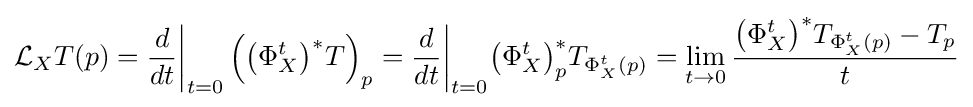
{\cal {L}}_{X}T(p)={\frac {d}{dt}}{\biggl |}_{t=0}\left({\bigl (}\Phi _{X}^{t}{\bigr )}^{*}T\right)_{p}={\frac {d}{dt}}{\biggl |}_{t=0}{\bigl (}\Phi _{X}^{t}{\bigr )}_{p}^{*}T_{\Phi _{X}^{t}(p)}=\lim _{t\to 0}{\frac {{\bigl (}\Phi _{X}^{t}{\bigr )}^{*}T_{\Phi _{X}^{t}(p)}-T_{p}}{t}}